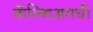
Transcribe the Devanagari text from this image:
कॅल्शिअमची